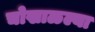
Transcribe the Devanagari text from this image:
चोखाळल्या